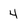
Character: 4